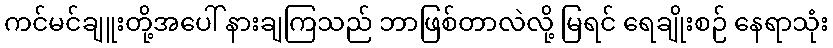
ကင်မင်ချူးတို့အပေါ် နားချကြသည် ဘာဖြစ်တာလဲလို့ မြရင် ရေချိုးစဉ် နေရာသုံး